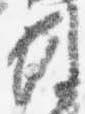
例